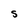
Character: S